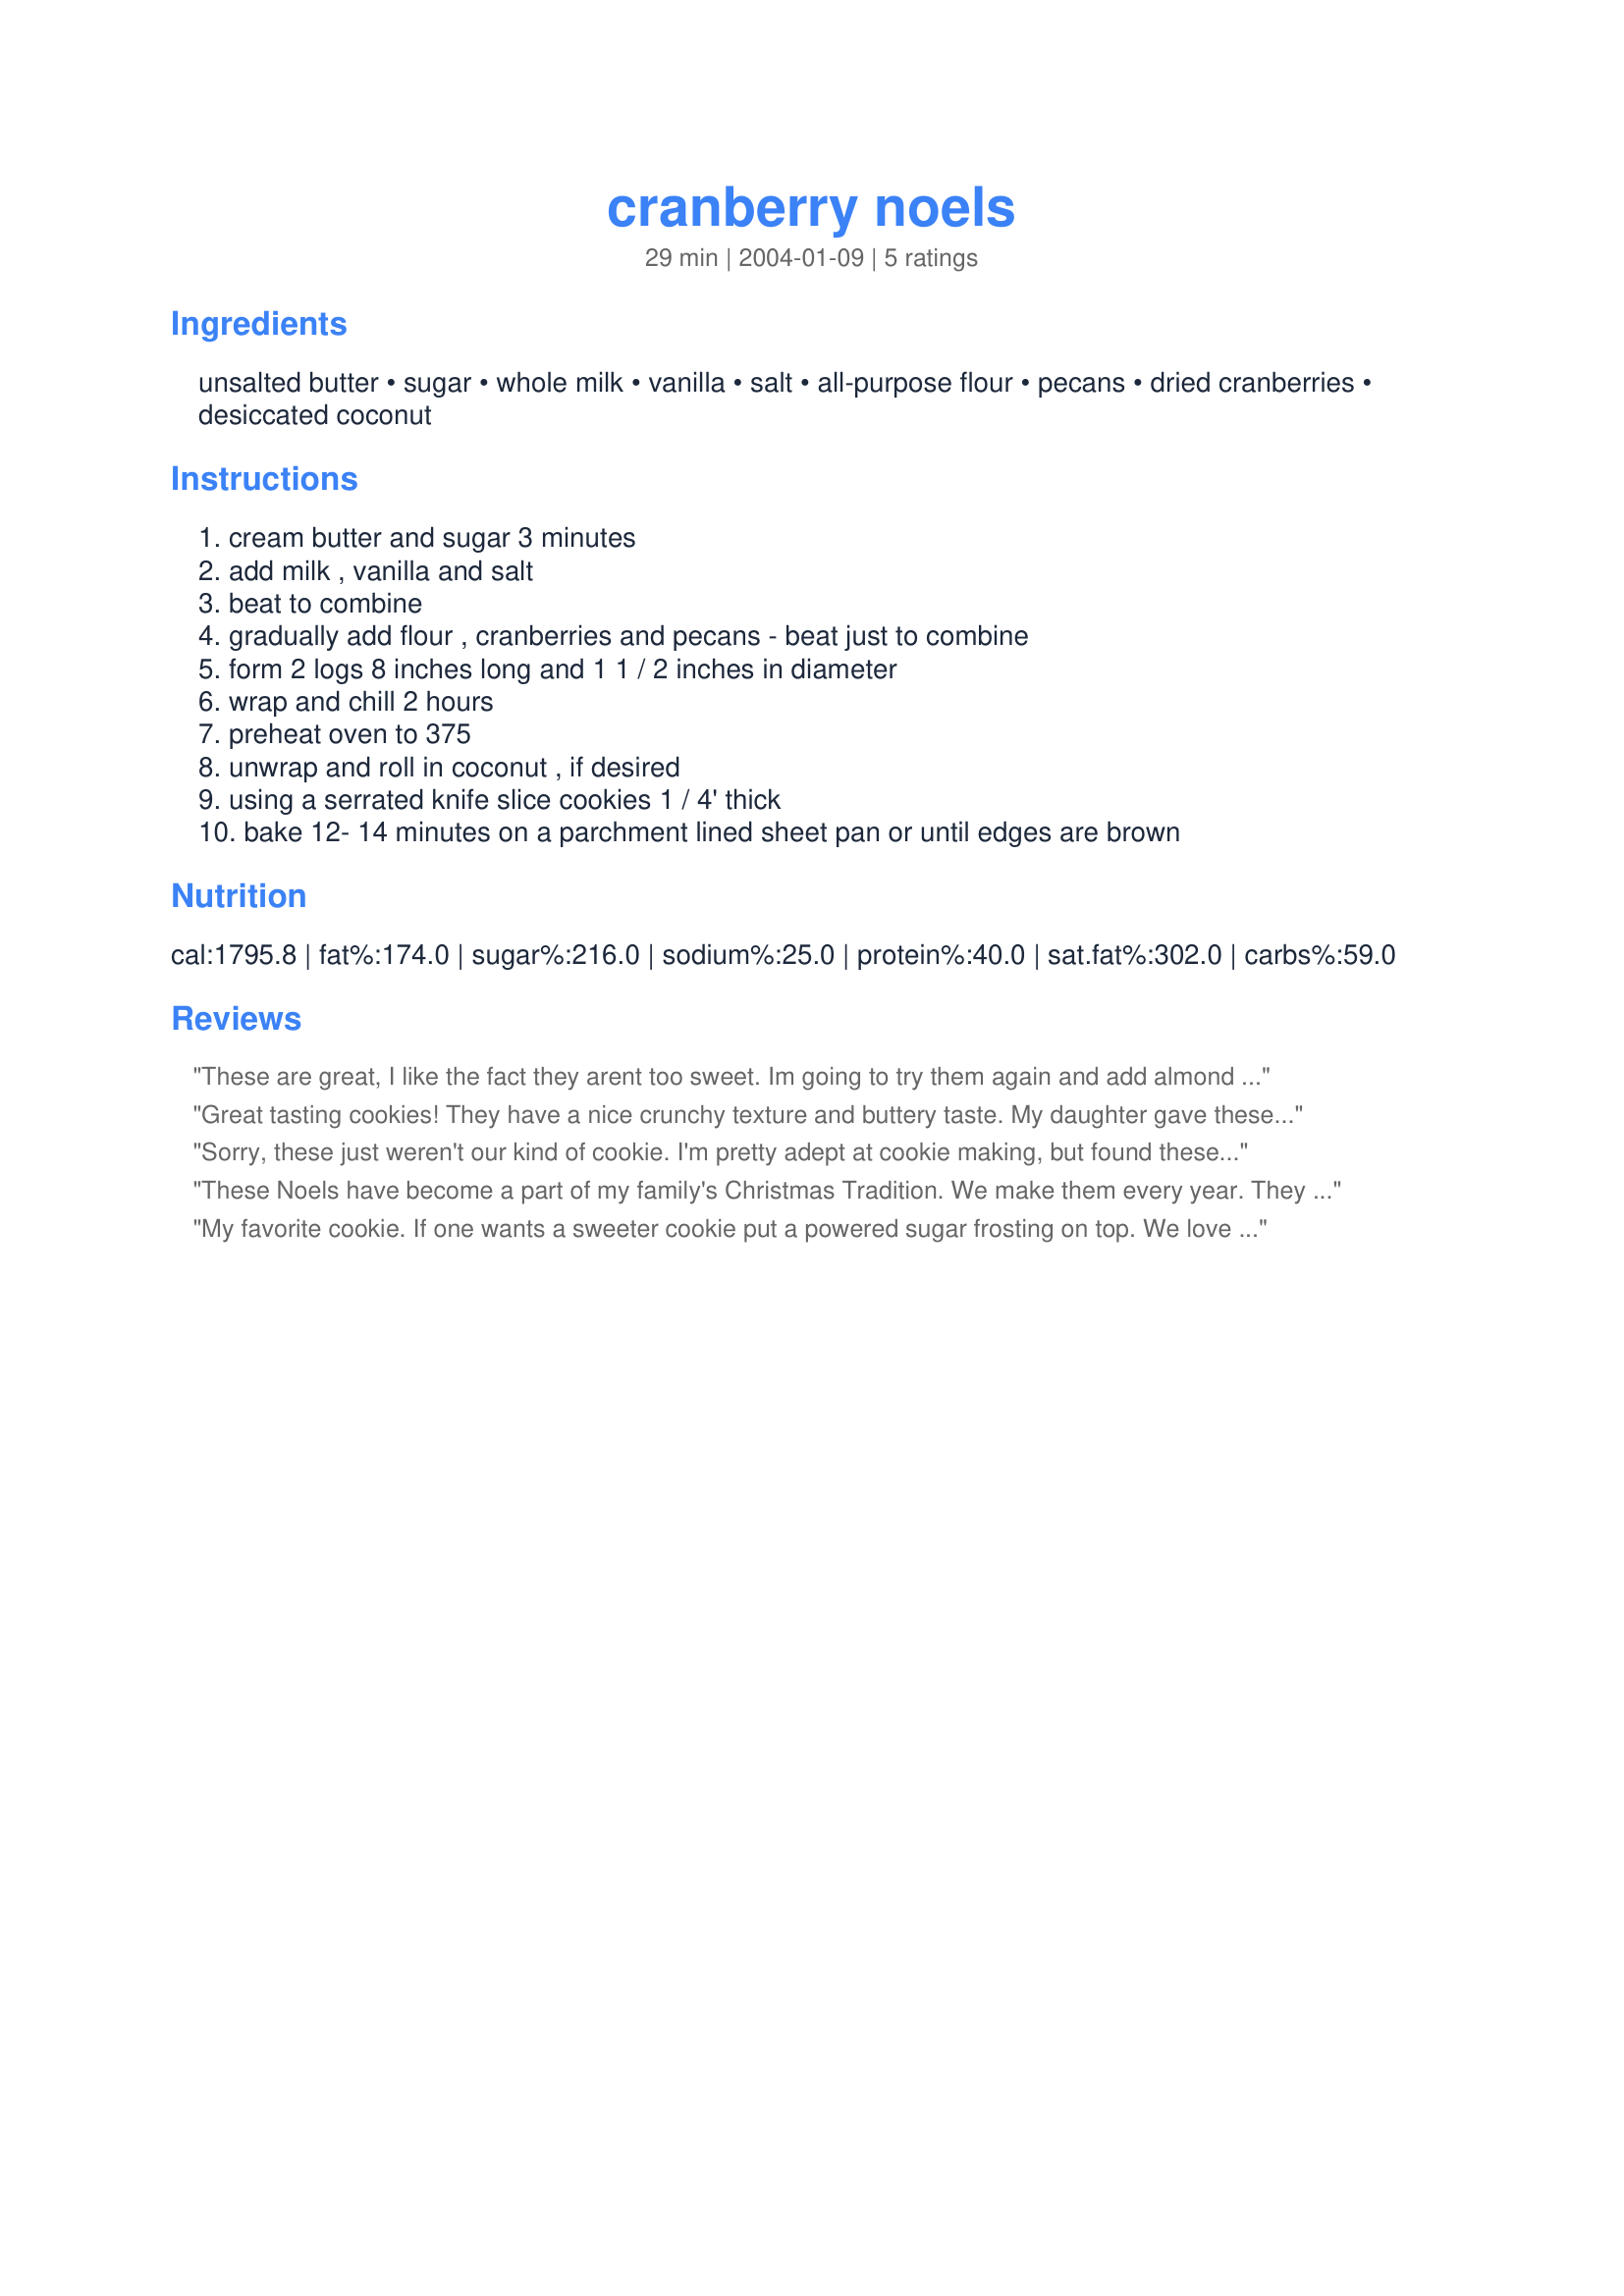
cranberry noels
Preparation time: 29 minutes

Ingredients:
unsalted butter, sugar, whole milk, vanilla, salt, all-purpose flour, pecans, dried cranberries, desiccated coconut

Steps:
cream butter and sugar 3 minutes, add milk , vanilla and salt, beat to combine, gradually add flour , cranberries and pecans - beat just to combine, form 2 logs 8 inches long and 1 1 / 2 inches in diameter, wrap and chill 2 hours, preheat oven to 375, unwrap and roll in coconut , if desired, using a serrated knife slice cookies 1 / 4' thick, bake 12- 14 minutes on a parchment lined sheet pan or until edges are brown

Reviews:
These are great, I like the fact they arent too sweet. Im going to try them again and add almond essence as noted by another reviewer.
Great tasting cookies! They have a nice crunchy texture and buttery taste. My daughter gave these the "thumbs up" even though she is a very harsh critic of cookies and some other foods. The only downside to this recipe is that I wish I had rolled the dough in coconut before chilling, since after it got cold, the coconut tended not to stick easily, and even got crumbly and overcooked after baking. I did bake the cookies a couple of minutes extra, but they were not very firm even at 14 minutes. Thanks for posting!
Sorry, these just weren't our kind of cookie. I'm pretty adept at cookie making, but found these to be a little too un-sweet for our tastes. I took the other reviewer's advice, rolled the logs in coconut prior to chilling - still found the coconut to be stubborn...would not stick well. Perhaps too low a ratio of fats to dry ingredients. I did not need to extend the cooking time, and used walnuts instead of pecans. Anyway, cheers!
These Noels have become a part of my family's Christmas Tradition. We make them every year. They make a nice substitute for the overly sweet cookies that are the norm of the holidays. When making these I use fresh cranberries. They are beautiful when cut in half, and add a little bit of a tang to the cookies. Another substitution that has turned out well for me is to add egg nog instead of milk. I live in a dry climate, so I have to add a little bit extra milk to make the dough hold together. Very good recipe, though. Thanks, Mean Chef!
My favorite cookie. If one wants a sweeter cookie put a powered sugar frosting on top. We love the Danish tasting cookie. Like it so much for a little change we put dried cherrys instead and teas. almond ex. instead of vanilla. Just great...
